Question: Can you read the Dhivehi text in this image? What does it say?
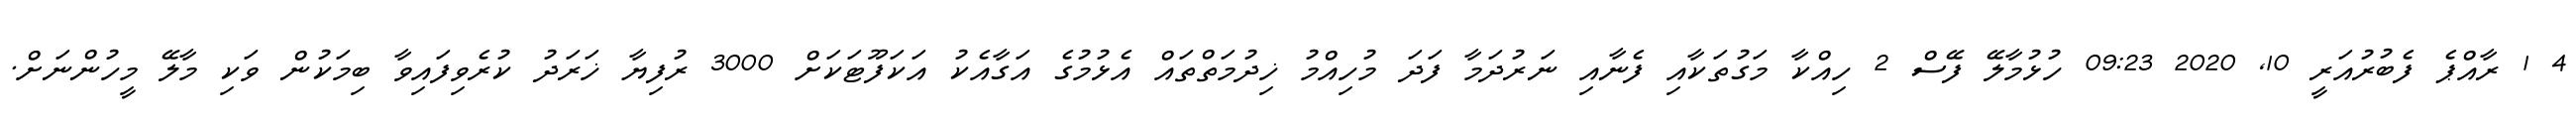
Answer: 4 1 ރާއްޕެ ފެބުރުއަރީ 10, 2020 09:23 ހުޅުމާލޭ ފޭސް 2 ހިއްކާ މަގުތަކާއި ފެނާއި ނަރުދަމާ ފަދަ މުހިއްމު ޚިދުމަތްތައް އެޅުމުގެ އަގާއެކު އަކަފޫޓަކަށް 3000 ރުފިޔާ ޚަރަދު ކުރެވިފައިވާ ބިމަކުން ވަކި މާލޭ މީހުންނަށް.